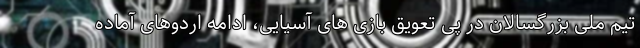
تیم ملی بزرگسالان در پی تعویق بازی های آسیایی، ادامه اردوهای آماده